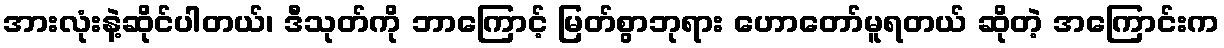
အားလုံးနဲ့ဆိုင်ပါတယ်၊ ဒီသုတ်ကို ဘာကြောင့် မြတ်စွာဘုရား ဟောတော်မူရတယ် ဆိုတဲ့ အကြောင်းက